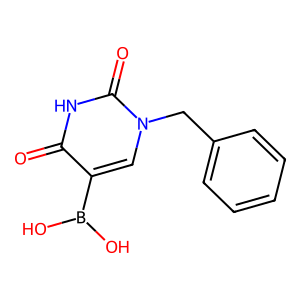
SMILES: O=c1[nH]c(=O)n(Cc2ccccc2)cc1B(O)O
Inhibits HIV replication: No